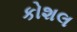
કોશલ